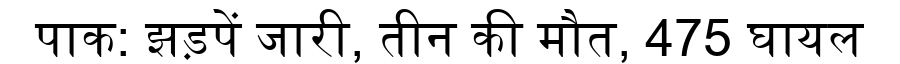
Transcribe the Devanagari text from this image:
पाक: झड़पें जारी, तीन की मौत, 475 घायल